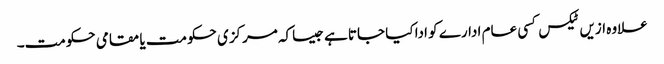
علاوہ ازیں ٹیکس کسی عام ادارے کو ادا کیا جاتا ہے جیساکہ مرکزی حکومت یا مقامی حکومت۔